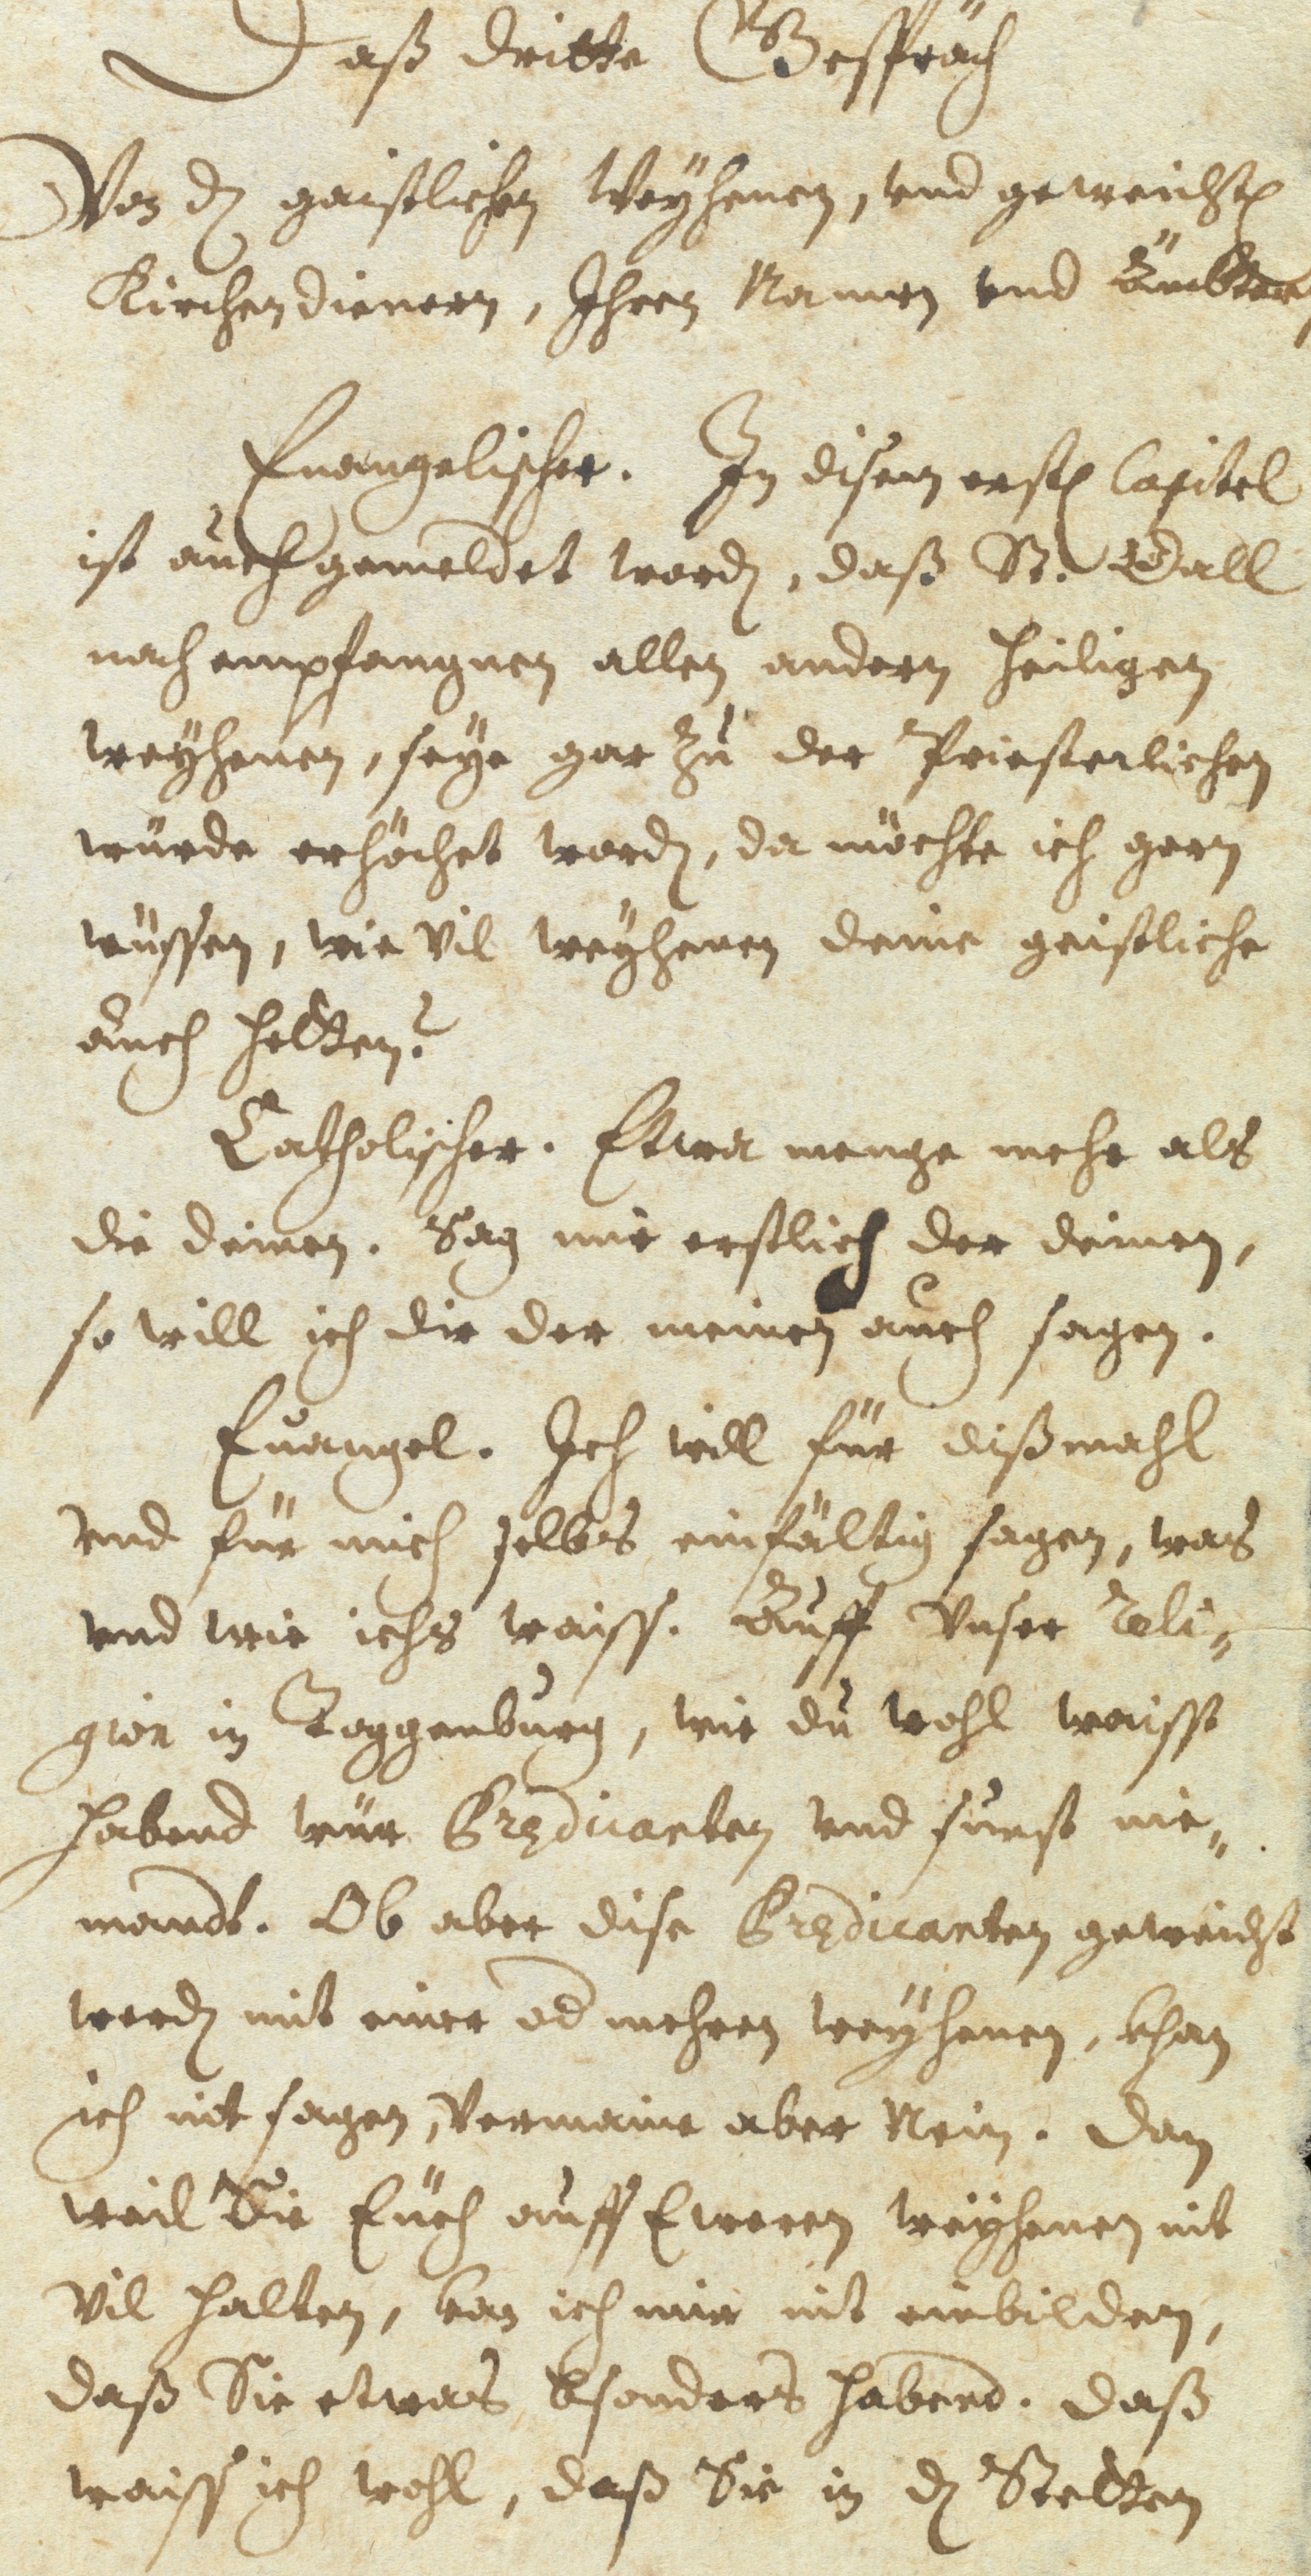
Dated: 1637–1641